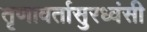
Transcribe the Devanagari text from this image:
तृणावर्तासुरध्वंसी